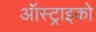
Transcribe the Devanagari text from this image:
ऑस्ट्राइको